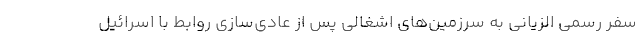
سفر رسمی الزیانی به سرزمین‌های اشغالی پس از عادی‌سازی روابط با اسرائیل